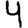
Digit: 4